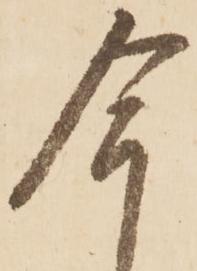
今